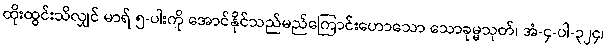
ထိုးထွင်းသိလျှင် မာရ် ၅-ပါးကို အောင်နိုင်သည်မည်ကြောင်းဟောသော သောခုမ္မသုတ်၊ အံ-၄-ပါ-၃၂၄၊